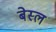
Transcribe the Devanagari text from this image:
बेस्ल